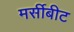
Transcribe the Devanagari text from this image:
मर्सीबीट